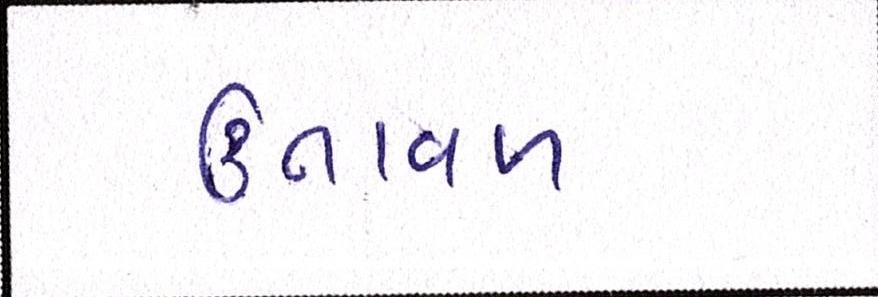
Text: ઉતાવળ